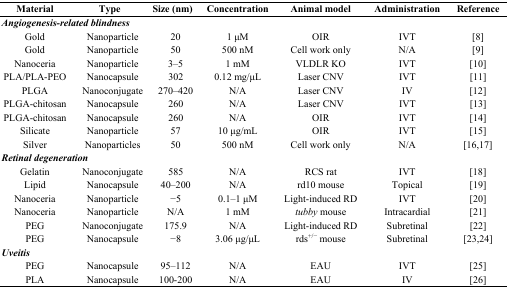
| Material | Type | Size (nm) | Concentration | Animal model | Administration | Reference |
 | --- | --- | --- | --- | --- | --- | --- |
 | <COLSPAN=7> Angiogenesis-related blindness |
 | Gold | Nanoparticle | 20 | 1 μM | OIR | IVT | [8] |
 | Gold | Nanoparticle | 50 | 500 nM | Cell work only | N/A | [9] |
 | Nanoceria | Nanoparticle | 3–5 | 1 mM | VLDLR KO | IVT | [10] |
 | PLA/PLA-PEO | Nanocapsule | 302 | 0.12 mg/μL | Laser CNV | IVT | [11] |
 | PLGA | Nanoconjugate | 270–420 | N/A | Laser CNV | IV | [12] |
 | PLGA-chitosan | Nanocapsule | 260 | N/A | Laser CNV | IVT | [13] |
 | PLGA-chitosan | Nanocapsule | 260 | N/A | OIR | IVT | [14] |
 | Silicate | Nanoparticle | 57 | 10 μg/mL | OIR | IVT | [15] |
 | Silver | Nanoparticles | 50 | 500 nM | Cell work only | N/A | [16,17] |
 | <COLSPAN=7> Retinal degeneration |
 | Gelatin | Nanoconjugate | 585 | N/A | RCS rat | IVT | [18] |
 | Lipid | Nanocapsule | 40–200 | N/A | rd10 mouse | Topical | [19] |
 | Nanoceria | Nanoparticle | −5 | 0.1–1 μM | Light-induced RD | IVT | [20] |
 | Nanoceria | Nanoparticle | N/A | 1 mM | tubby mouse | Intracardial | [21] |
 | PEG | Nanoconjugate | 175.9 | N/A | Light-induced RD | Subretinal | [22] |
 | PEG | Nanocapsule | −8 | 3.06 μg/μL | rds+/− mouse | Subretinal | [23,24] |
 | <COLSPAN=7> Uveitis |
 | PEG | Nanocapsule | 95–112 | N/A | EAU | IVT | [25] |
 | PLA | Nanocapsule | 100–200 | N/A | EAU | IV | [26] |